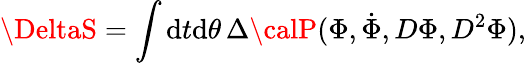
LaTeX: \DeltaS=\int\mathrm{d}t\mathrm{d}\theta\, \Delta{\calP}(\Phi,\dot{{\Phi}},D\Phi,D^{2}\Phi),